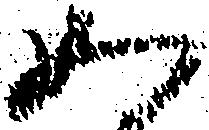
如